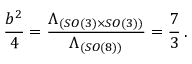
\frac { b ^ { 2 } } { 4 } = \frac { \Lambda _ { ( S O ( 3 ) \times S O ( 3 ) ) } } { \Lambda _ { ( S O ( 8 ) ) } } = \frac { 7 } { 3 } \, .